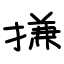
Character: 搛